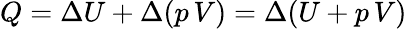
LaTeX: Q=\Delta U+\Delta(p\, V)=\Delta(U+p\, V)